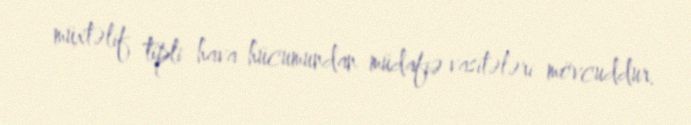
müxtəlif tipli hava hücumundan müdafiə vasitələri mövcuddur.